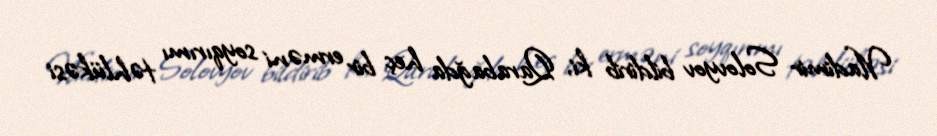
Vladimir Solovyov bildirib ki, Qarabağda heç bir erməni soyqırımı təhlükəsi